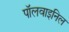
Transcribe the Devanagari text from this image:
पॉलवाइनिल